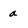
Character: a